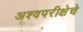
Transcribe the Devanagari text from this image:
अश्वपरीक्षेचे